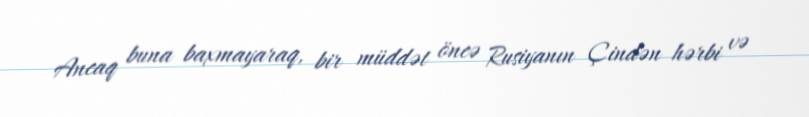
Ancaq buna baxmayaraq, bir müddət öncə Rusiyanın Çindən hərbi və